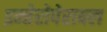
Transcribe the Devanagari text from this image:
इन्तेरोपेराबल